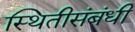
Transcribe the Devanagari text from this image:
स्थितीसंबंधी